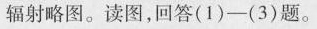
辐射略图。读图，回答(1)-(3)题。